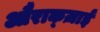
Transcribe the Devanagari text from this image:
औराक्ज़ाई